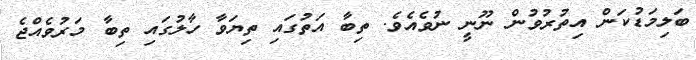
ބަލިމަޑުކަން އިތުރުވުން ނޫނީ ނުވެއެވެ. ތިބާ އަތުގައި ތިޔަވާ ހާލުގައި ތިބާ މަރުވެއްޖެ